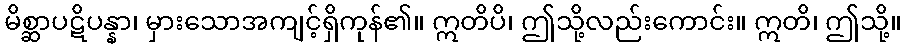
မိစ္ဆာပဋိပန္နာ၊ မှားသောအကျင့်ရှိကုန်၏။ ဣတိပိ၊ ဤသို့လည်းကောင်း။ ဣတိ၊ ဤသို့။